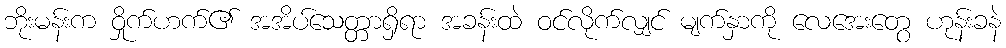
ဘိုးမန်းက ဝှိုက်ဟက်၏ အအိပ်သေတ္တာရှိရာ အခန်းထဲ ဝင်လိုက်လျှင် မျက်နှာကို လေအေးတွေ ဟုန်းခနဲ